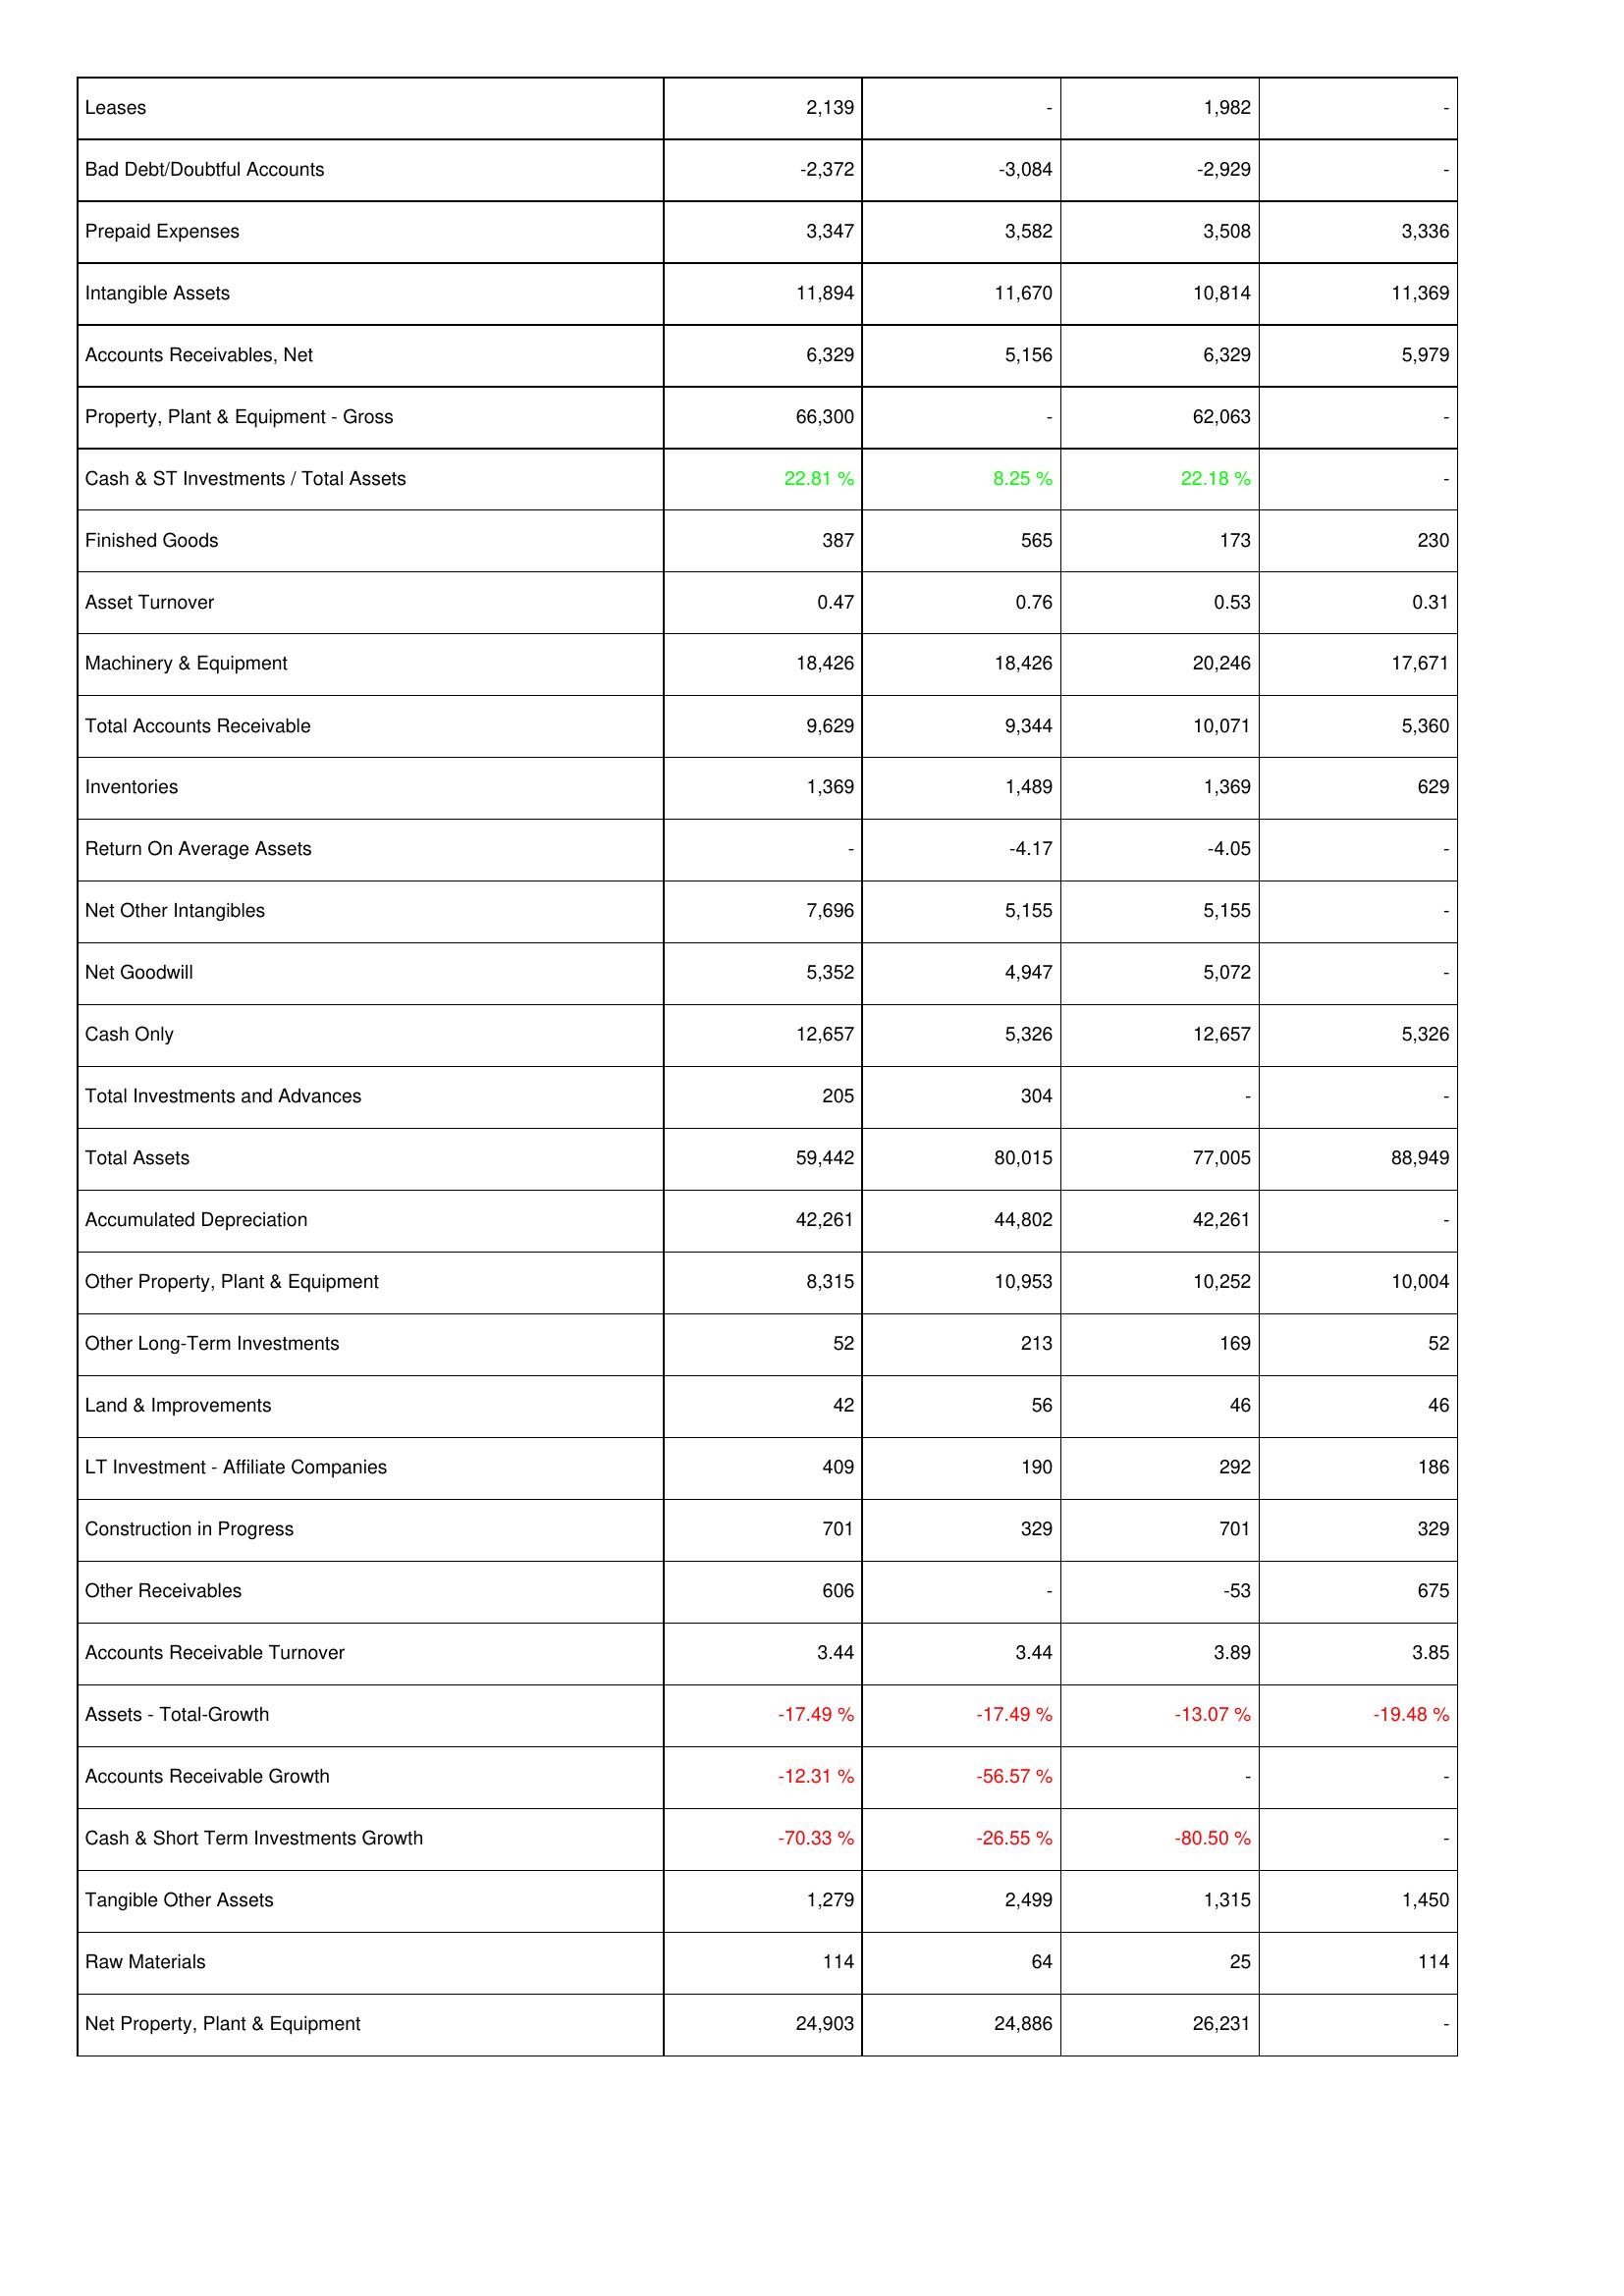
2021: Assets: Leases: 2,139
Bad Debt/Doubtful Accounts: -2,372
Prepaid Expenses: 3,347
Intangible Assets: 11,894
Accounts Receivables, Net: 6,329
Property, Plant & Equipment - Gross: 66,300
Cash & ST Investments / Total Assets: 22.81 %
Finished Goods: 387
Asset Turnover: 0.47
Machinery & Equipment: 18,426
Total Accounts Receivable: 9,629
Inventories: 1,369
Return On Average Assets: -
Net Other Intangibles: 7,696
Net Goodwill: 5,352
Cash Only: 12,657
Total Investments and Advances: 205
Total Assets: 59,442
Accumulated Depreciation: 42,261
Other Property, Plant & Equipment: 8,315
Other Long-Term Investments: 52
Land & Improvements: 42
LT Investment - Affiliate Companies: 409
Construction in Progress: 701
Other Receivables: 606
Accounts Receivable Turnover: 3.44
Assets - Total-Growth: -17.49 %
Accounts Receivable Growth: -12.31 %
Cash & Short Term Investments Growth: -70.33 %
Tangible Other Assets: 1,279
Raw Materials: 114
Net Property, Plant & Equipment: 24,903
2020: Assets: Leases: -
Bad Debt/Doubtful Accounts: -3,084
Prepaid Expenses: 3,582
Intangible Assets: 11,670
Accounts Receivables, Net: 5,156
Property, Plant & Equipment - Gross: -
Cash & ST Investments / Total Assets: 8.25 %
Finished Goods: 565
Asset Turnover: 0.76
Machinery & Equipment: 18,426
Total Accounts Receivable: 9,344
Inventories: 1,489
Return On Average Assets: -4.17
Net Other Intangibles: 5,155
Net Goodwill: 4,947
Cash Only: 5,326
Total Investments and Advances: 304
Total Assets: 80,015
Accumulated Depreciation: 44,802
Other Property, Plant & Equipment: 10,953
Other Long-Term Investments: 213
Land & Improvements: 56
LT Investment - Affiliate Companies: 190
Construction in Progress: 329
Other Receivables: -
Accounts Receivable Turnover: 3.44
Assets - Total-Growth: -17.49 %
Accounts Receivable Growth: -56.57 %
Cash & Short Term Investments Growth: -26.55 %
Tangible Other Assets: 2,499
Raw Materials: 64
Net Property, Plant & Equipment: 24,886
2019: Assets: Leases: 1,982
Bad Debt/Doubtful Accounts: -2,929
Prepaid Expenses: 3,508
Intangible Assets: 10,814
Accounts Receivables, Net: 6,329
Property, Plant & Equipment - Gross: 62,063
Cash & ST Investments / Total Assets: 22.18 %
Finished Goods: 173
Asset Turnover: 0.53
Machinery & Equipment: 20,246
Total Accounts Receivable: 10,071
Inventories: 1,369
Return On Average Assets: -4.05
Net Other Intangibles: 5,155
Net Goodwill: 5,072
Cash Only: 12,657
Total Investments and Advances: -
Total Assets: 77,005
Accumulated Depreciation: 42,261
Other Property, Plant & Equipment: 10,252
Other Long-Term Investments: 169
Land & Improvements: 46
LT Investment - Affiliate Companies: 292
Construction in Progress: 701
Other Receivables: -53
Accounts Receivable Turnover: 3.89
Assets - Total-Growth: -13.07 %
Accounts Receivable Growth: -
Cash & Short Term Investments Growth: -80.50 %
Tangible Other Assets: 1,315
Raw Materials: 25
Net Property, Plant & Equipment: 26,231
2018: Assets: Leases: -
Bad Debt/Doubtful Accounts: -
Prepaid Expenses: 3,336
Intangible Assets: 11,369
Accounts Receivables, Net: 5,979
Property, Plant & Equipment - Gross: -
Cash & ST Investments / Total Assets: -
Finished Goods: 230
Asset Turnover: 0.31
Machinery & Equipment: 17,671
Total Accounts Receivable: 5,360
Inventories: 629
Return On Average Assets: -
Net Other Intangibles: -
Net Goodwill: -
Cash Only: 5,326
Total Investments and Advances: -
Total Assets: 88,949
Accumulated Depreciation: -
Other Property, Plant & Equipment: 10,004
Other Long-Term Investments: 52
Land & Improvements: 46
LT Investment - Affiliate Companies: 186
Construction in Progress: 329
Other Receivables: 675
Accounts Receivable Turnover: 3.85
Assets - Total-Growth: -19.48 %
Accounts Receivable Growth: -
Cash & Short Term Investments Growth: -
Tangible Other Assets: 1,450
Raw Materials: 114
Net Property, Plant & Equipment: -